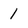
Character: 1